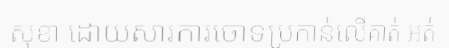
សុខា ដោយសារការចោទប្រកាន់លើគាត់ អត់